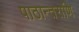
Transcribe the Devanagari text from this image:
पाठान्तराणि